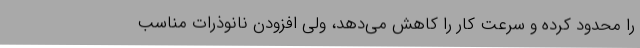
را محدود کرده و سرعت کار را کاهش می‌دهد، ولی افزودن نانوذرات مناسب